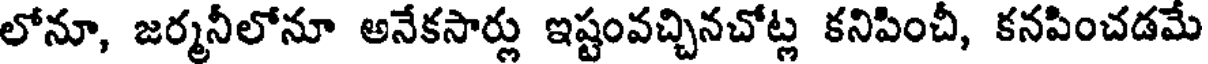
లోనూ, జర్మనీలోనూ అనేకసార్లు ఇష్టంవచ్చినచోట్ల కనిపించీ, కనపించడమే